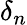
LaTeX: \delta_{n}